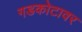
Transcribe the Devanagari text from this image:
गडकोटावर